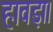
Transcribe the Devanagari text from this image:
हावड़ा।